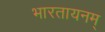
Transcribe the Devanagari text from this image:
भारतायनम्